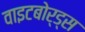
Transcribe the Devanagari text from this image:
वाइटबोर्ड्स